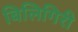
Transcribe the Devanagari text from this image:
बिलिगिरी